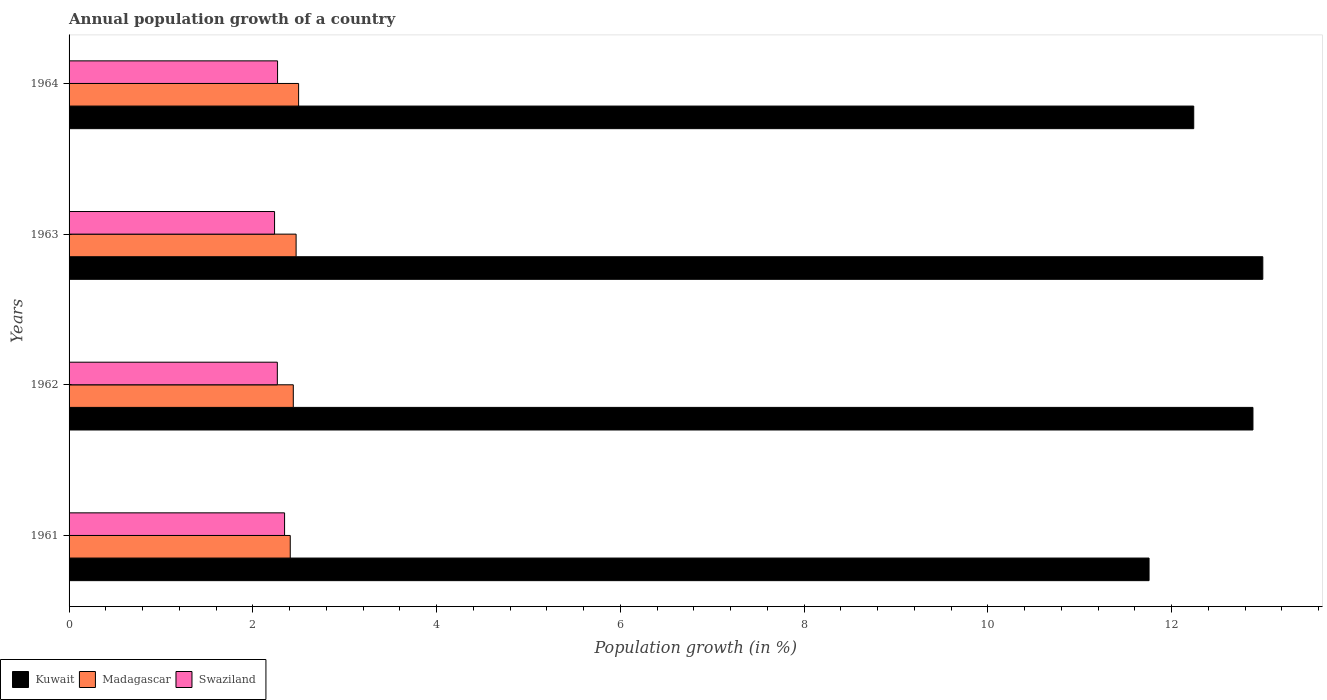
| Years | Kuwait | Madagascar | Swaziland |
 | --- | --- | --- | --- |
 | 1961 | 11.8 | 2.41 | 2.35 |
 | 1962 | 12.9 | 2.44 | 2.27 |
 | 1963 | 13 | 2.47 | 2.24 |
 | 1964 | 12.2 | 2.5 | 2.27 |